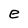
Character: e